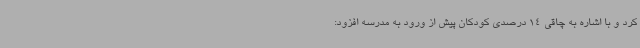
کرد و با اشاره به چاقی 14 درصدی کودکان پیش از ورود به مدرسه افزود: